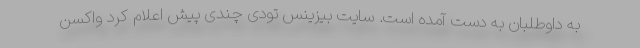
به داوطلبان به دست آمده است. سایت بیزینس تودی چندی پیش اعلام کرد واکسن